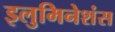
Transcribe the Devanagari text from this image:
इलुमिनेशंस